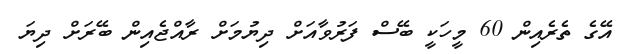
އޭގެ ތެރެއިން 60 މީހަކީ ބޭސް ފަރުވާއަށް ދިޔުމަށް ރާއްޖެއިން ބޭރަށް ދިޔަ